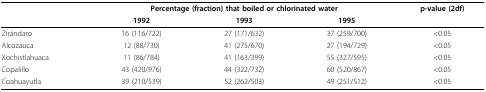
<table><thead><tr><td></td><td colspan="3"><b>Percentage (fraction) that boiled or chlorinated water</b></td><td><b>p-value (2df)</b></td></tr><tr><td></td><td><b>1992</b></td><td><b>1993</b></td><td><b>1995</b></td><td></td></tr></thead><tbody><tr><td>Zirándaro</td><td>16 (116/722)</td><td>27 (171/632)</td><td>37 (259/700)</td><td>&lt;0.05</td></tr><tr><td>Alcozauca</td><td>12 (88/730)</td><td>41 (275/670)</td><td>27 (194/729)</td><td>&lt;0.05</td></tr><tr><td>Xochistlahuaca</td><td>11 (86/784)</td><td>41 (163/399)</td><td>55 (327/595)</td><td>&lt;0.05</td></tr><tr><td>Copalillo</td><td>43 (420/976)</td><td>44 (322/732)</td><td>60 (520/867)</td><td>&lt;0.05</td></tr><tr><td>Coahuayutla</td><td>39 (210/539)</td><td>52 (262/503)</td><td>49 (251/512)</td><td>&lt;0.05</td></tr></tbody></table>